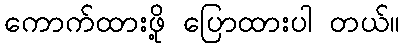
ကောက်ထားဖို့ ပြောထားပါ တယ်။